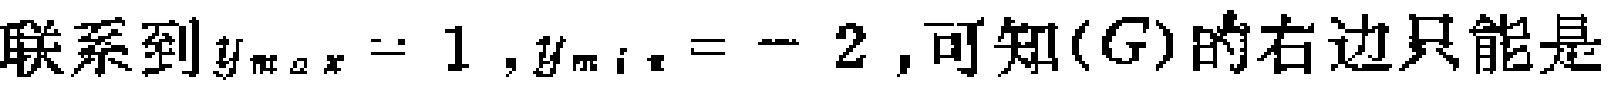
联系到$y_{\max}=1,y_{\min}=-2,可知(G)的右边只能是$